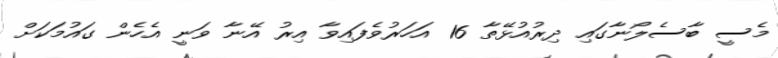
މެސީ ބާސެލޯނާގައި ދިރުއުޅޭތާ 16 އަހަރުވެފައިވާ އިރު އޭނާ ވަނީ އެހެން ގައުމަކަށް